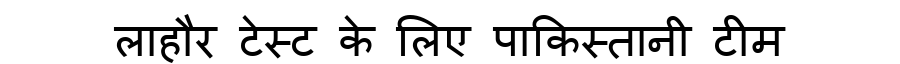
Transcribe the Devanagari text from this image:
लाहौर टेस्ट के लिए पाकिस्तानी टीम